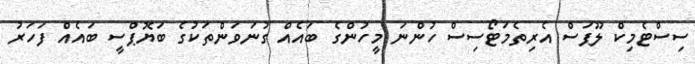
ސިސްޓެމިކް ލޫޕަސް އެރިތެމަޓޯސިސް ހުންނަ މީހުންގެ ބައެއް ގުނަވަންތަކުގެ ބަޔޮޕްސީ ބައެއް ފަހަރު